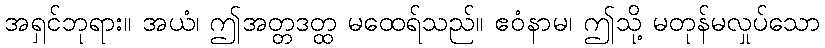
အရှင်ဘုရား။ အယံ၊ ဤအတ္တဒတ္ထ မထေရ်သည်။ ဧဝံနာမ၊ ဤသို့ မတုန်မလှုပ်သော